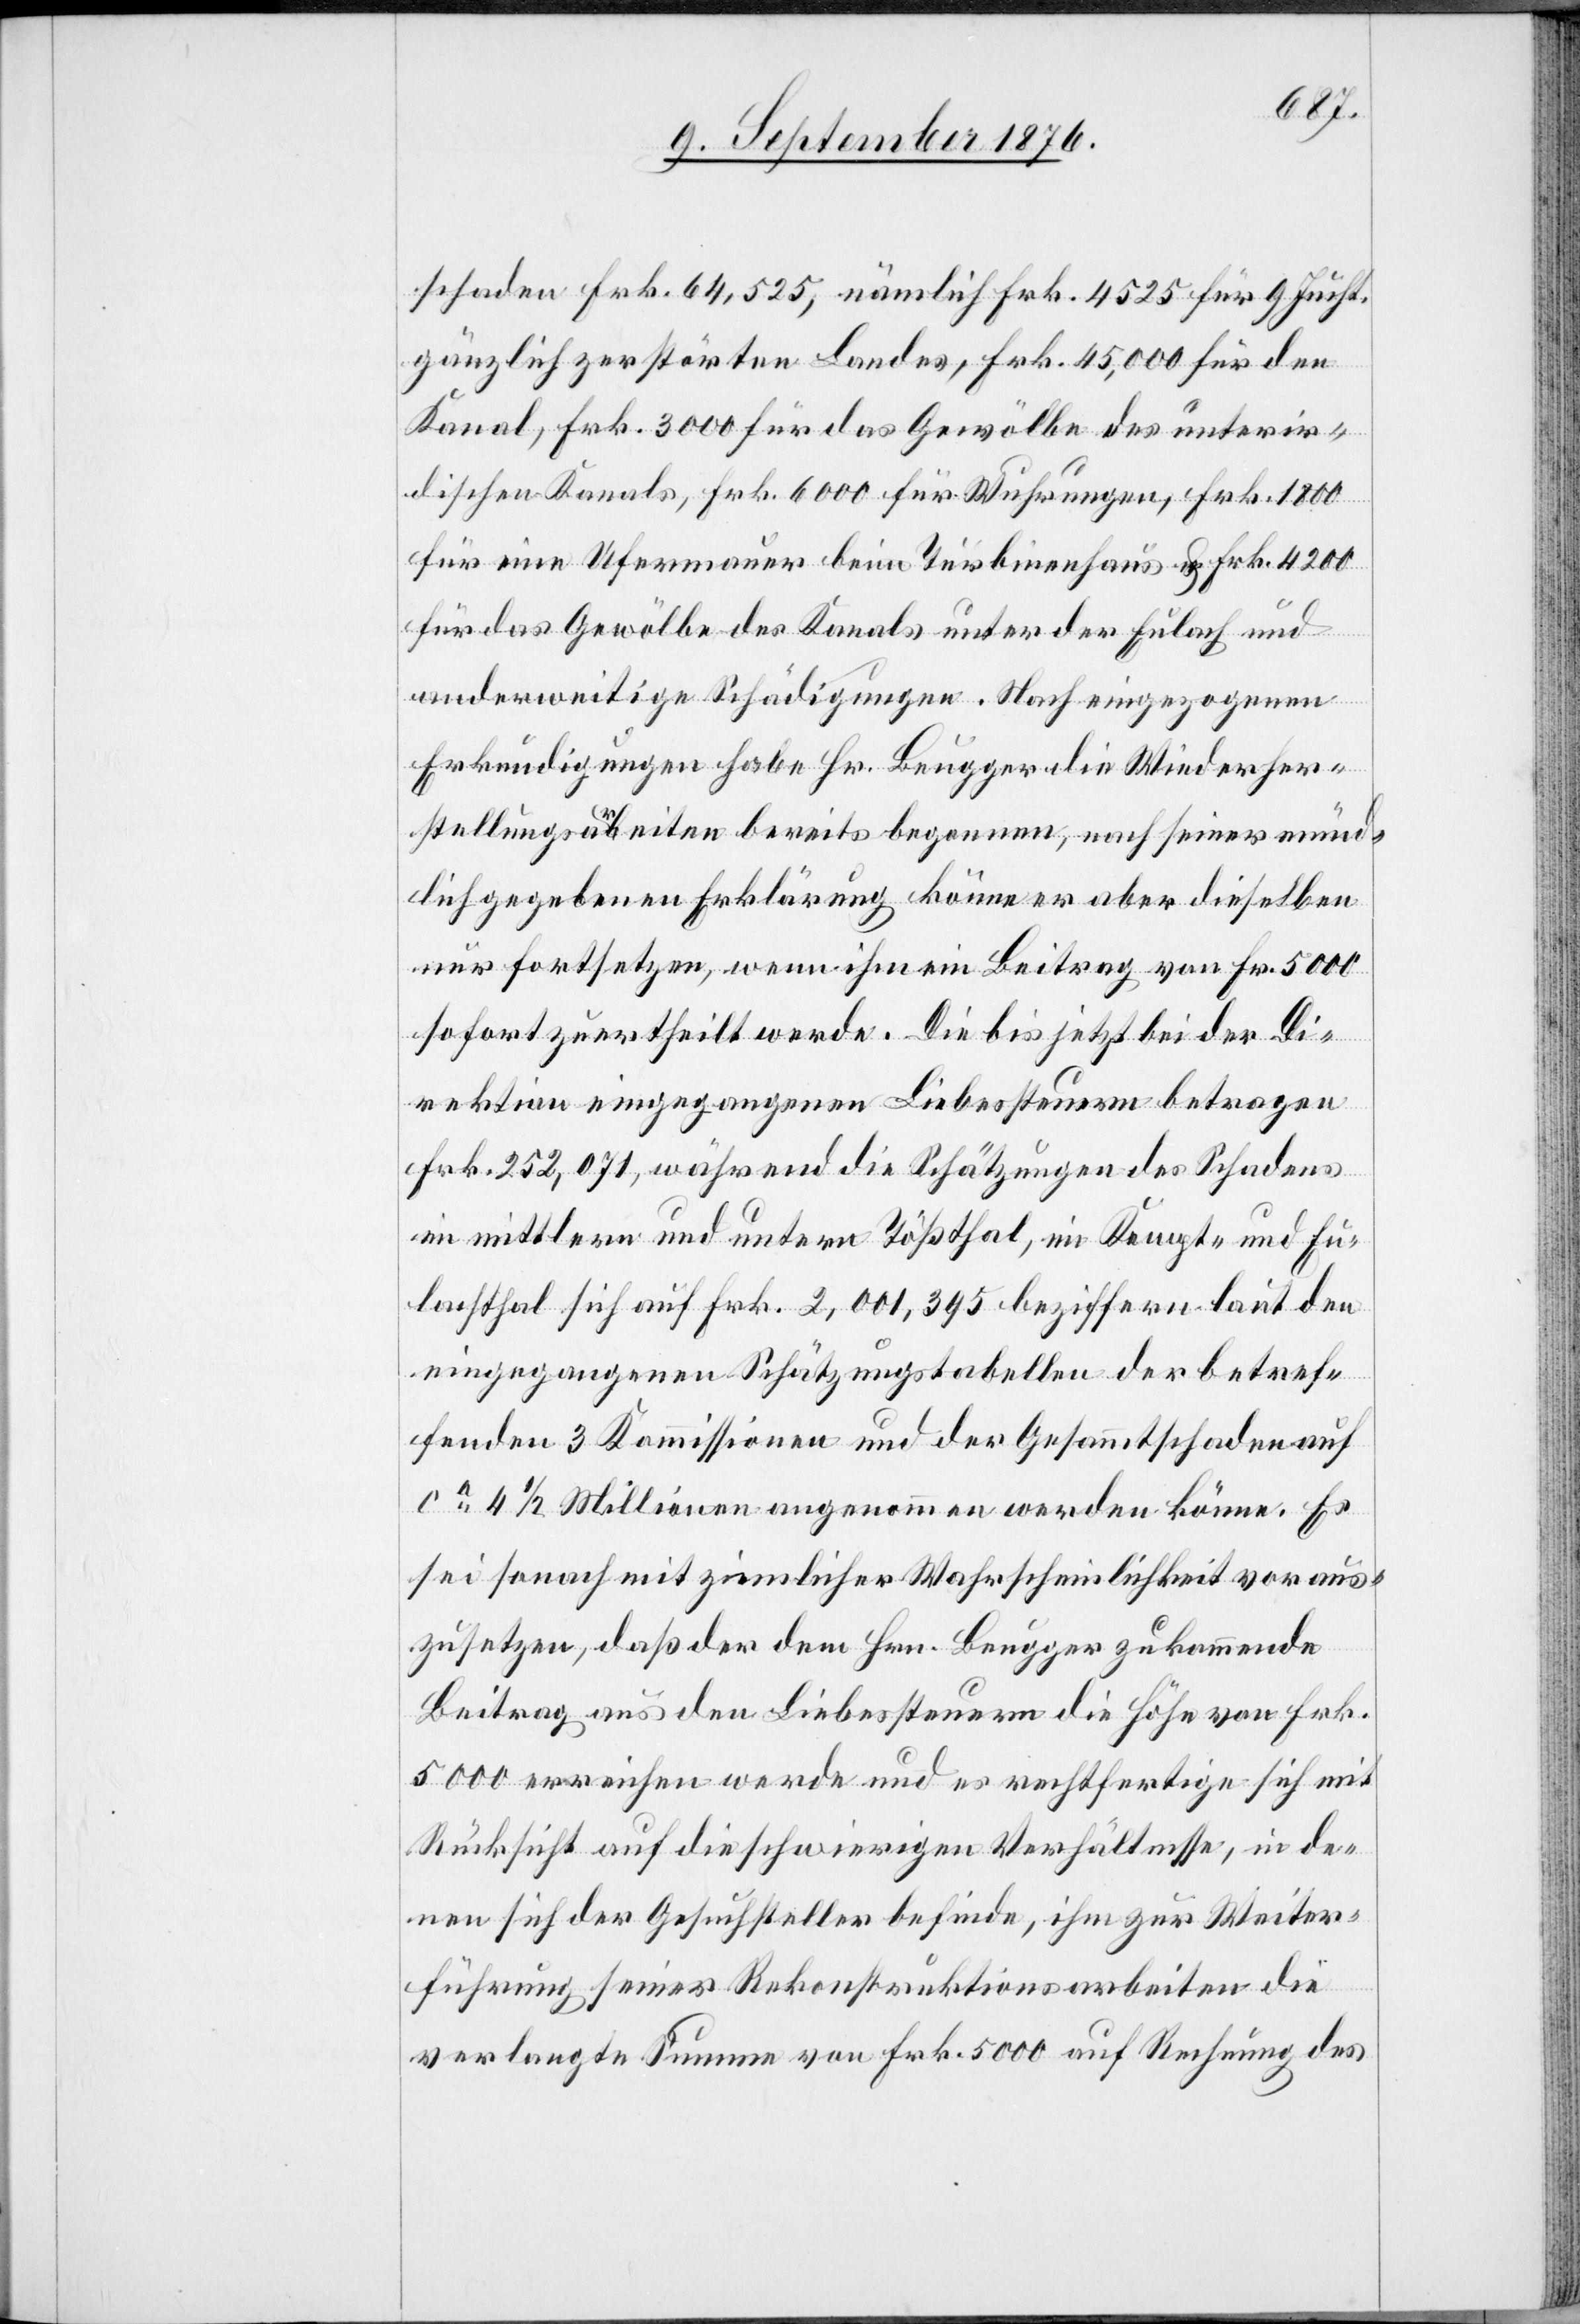
schaden Frk. 64,525, nämlich Frk. 4525 Jucht.
gänzlich zerstörten Landes, Frk. 45,000 für den
Kanal, Frk. 3000 für das Gewölbe des unterir¬
dischen Kanals, Frk. 6000 für Wuhrungen, Frk. 1800
für eine Ufermauer beim Turbinenhaus & Frk. 4200
für das Gewölbe des Kanals unter der Eulach und
anderweitige Schädigungen. Nach eingezogenen
Erkundigungen habe Hr. Beugger die Wiederher¬
stellungsarbeiten bereits begonnen, nach seiner münd¬
lich gegebenen Erklärung könne er aber dieselben
nur fortsetzen, wenn ihm ein Beitrag von Fr. 5000
sofort zuertheilt werde. Die bis jetzt bei der Di¬
rektion eingegangenen Liebessteuern betragen
Frk. 252,071, während die Schätzungen des Schadens
im mittlern und untern Tößthal, im Kempt- und Eu¬
lachthal sich auf Frk. 2,001,395 beziffern laut den
eingegangenen Schätzungstabellen der betref¬
fenden 3 Kommissionen und der Gesammtschaden auf
ca 4 1/2 Millionen angenommen werden könne. Es
sei sonach mit ziemlicher Wahrscheinlichkeit voraus¬
zusetzen, daß der dem Hrn. Beugger zukommende
Beitrag aus den Liebessteuern die Höhe von Frk.
5000 erreichen werde und es rechtfertige sich mit
Rücksicht auf die schwierigen Verhältnisse, in de¬
nen sich der Gesuchsteller befinde, ihm zur Weiter¬
führung seiner Rekonstruktionsarbeiten die
verlangte Summe von Frk. 5000 auf Rechnung des